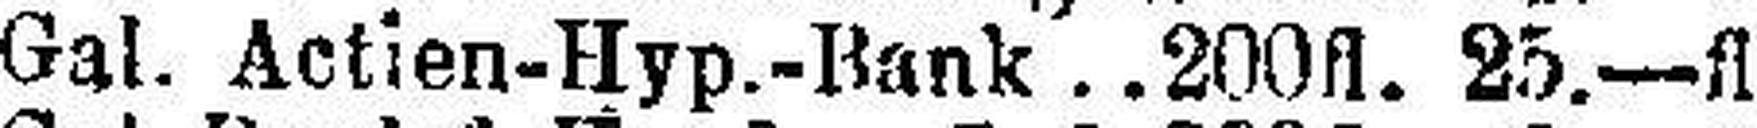
Gal. Actien-Hyp.-Bank 200fl. 25.—fl.